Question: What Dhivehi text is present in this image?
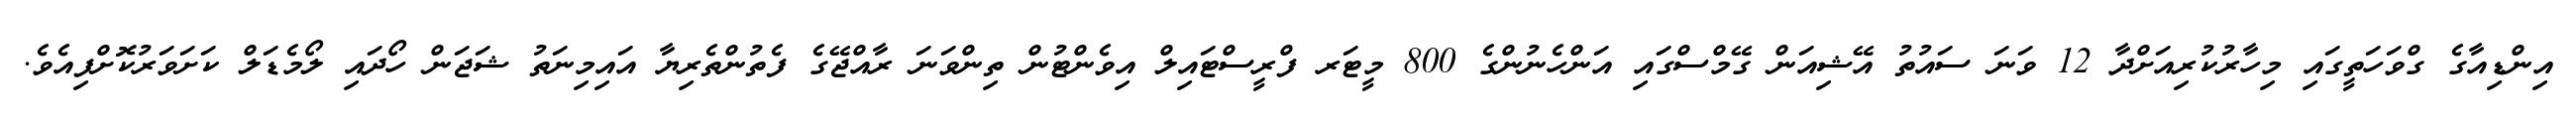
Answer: އިންޑިއާގެ ގްވަހަތީގައި މިހާރުކުރިއަށްދާ 12 ވަނަ ސައުތު އޭޝިއަން ގޭމްސްގައި އަންހެނުންގެ 800 މީޓަރ ފްރީސްޓައިލް އިވެންޓުން ތިންވަނަ ރާއްޖޭގެ ފެތުންތެރިޔާ އައިމިނަތު ޝަޖަން ހޯދައި ލޯމެޑަލް ކަށަވަރުކޮށްފިއެވެ.